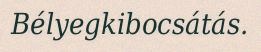
Bélyegkibocsátás.